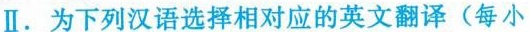
Ⅱ.为下列汉语选择相对应的英文翻译(每小